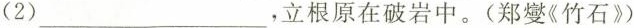
(2) ___，立根原在破岩中。(郑燮《竹石》